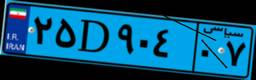
۷۴D۱۲۳۷۱